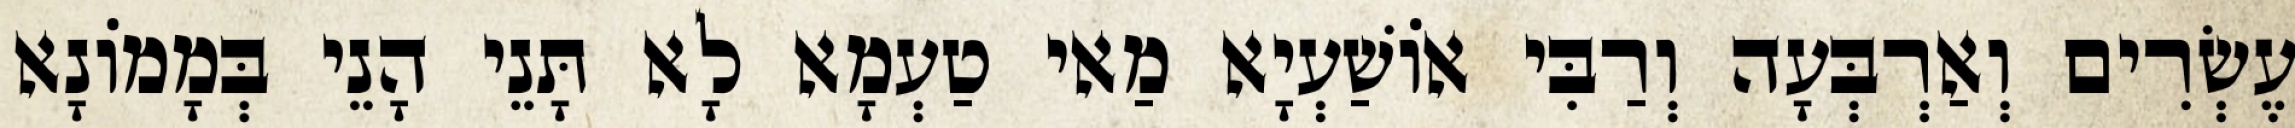
עֶשְׂרִים וְאַרְבְּעָה וְרַבִּי אוֹשַׁעְיָא מַאי טַעְמָא לָא תָּנֵי הָנֵי בְּמָמוֹנָא